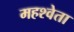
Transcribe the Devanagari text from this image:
महश्वेता